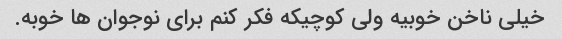
خیلی ناخن خوبیه ولی کوچیکه فکر کنم برای نوجوان ها خوبه.